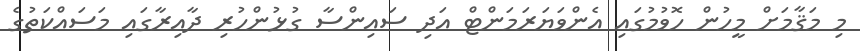
މި މަޤާމަށް މީހުން ހޮވުމުގައި އެންވަޔަރަމަންޓް އަދި ސައިންސާ ގުޅުންހުރި ދާއިރާގައި މަސައްކަތުގެ